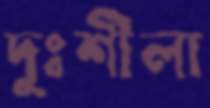
দুঃশীলা